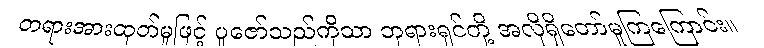
တရားအားထုတ်မှုဖြင့် ပူဇော်သည်ကိုသာ ဘုရားရှင်တို့ အလိုရှိတော်မူကြကြောင်း။